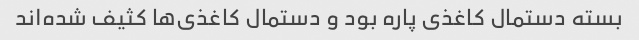
بسته دستمال کاغذی پاره بود و دستمال کاغذی‌ها کثیف شده‌اند